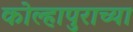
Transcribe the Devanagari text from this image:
कोल्हापुराच्या